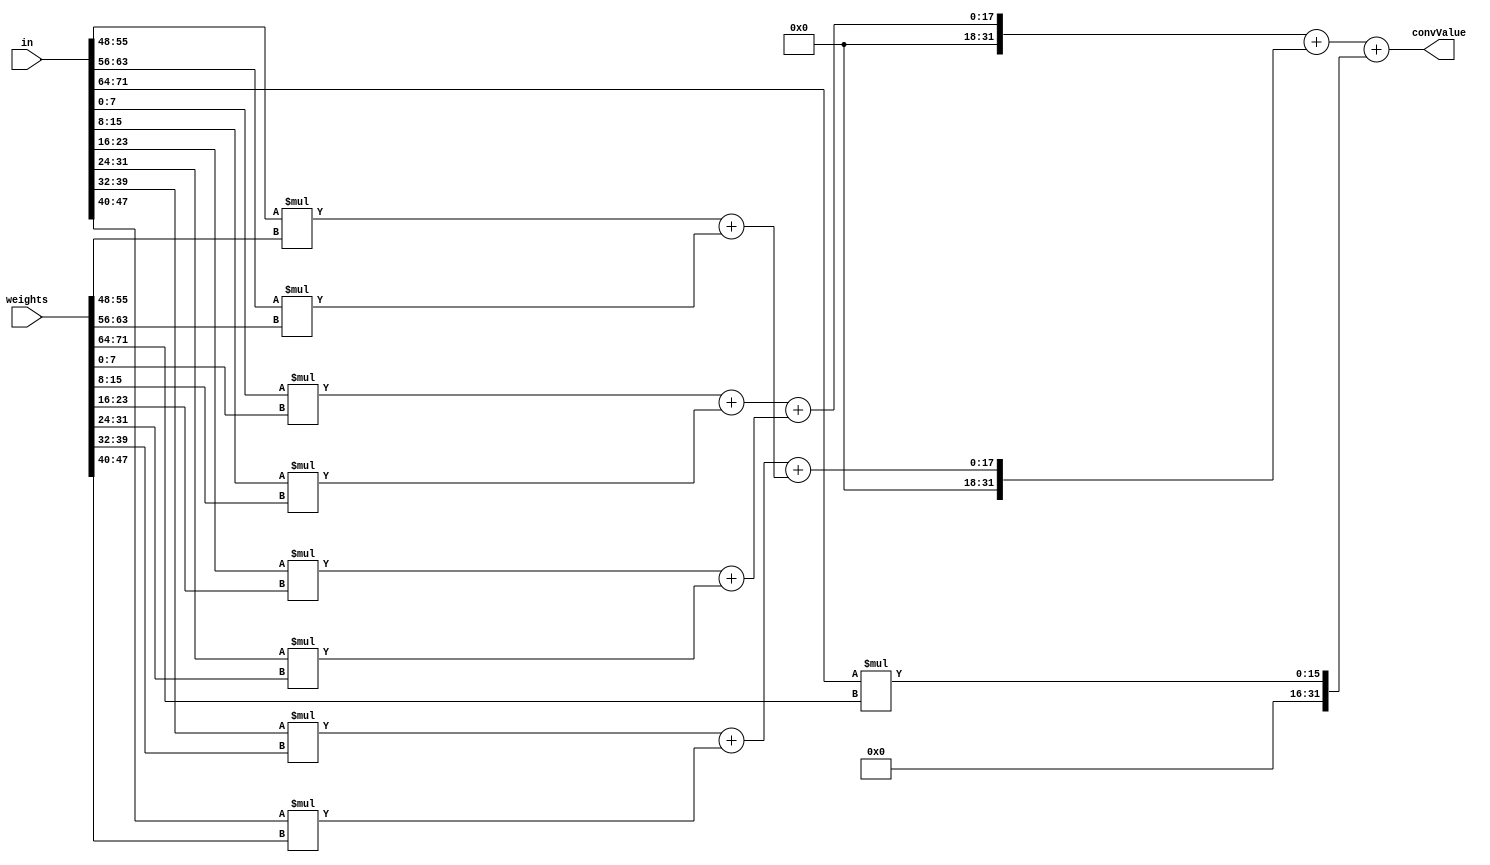
module mult_add #(
    parameter I_BIT_WIDTH   = 8,
    parameter O_BIT_WIDTH   = 32,
    parameter K_SIZE        = 3
)(
    input       signed [I_BIT_WIDTH*K_SIZE*K_SIZE-1:0]  in,
    input       signed [I_BIT_WIDTH*K_SIZE*K_SIZE-1:0]  weights,
    output wire signed [O_BIT_WIDTH-1:0]                convValue
);

    wire signed [O_BIT_WIDTH-1:0] mul[0:K_SIZE*K_SIZE-1];

    // Multiplication
    genvar x, y;
    generate
        for (x = 0; x < K_SIZE; x = x+1) begin: sum_rows        // each row
            for (y = 0; y < K_SIZE; y = y+1) begin: sum_columns // each item in a row
                assign mul[K_SIZE*x+y] = in[I_BIT_WIDTH*(K_SIZE*x+y+1)-1 : I_BIT_WIDTH*(K_SIZE*x+y)] * weights[I_BIT_WIDTH*(K_SIZE*x+y+1)-1 : I_BIT_WIDTH*(K_SIZE*x+y)];
            end
        end
    endgenerate

    // Adder tree
    wire signed [O_BIT_WIDTH-1:0] sums[0:6];

    generate
        // sums[0] to sums[3]
        for (x = 0; x < 4; x = x+1) begin: addertree_nodes0
            assign sums[x] = mul[x*2] + mul[x*2+1];
        end
        // sums[4] to sums[5]
        for (x = 0; x < 2; x = x+1) begin: addertree_nodes1
            assign sums[x+4] = sums[x*2] + sums[x*2+1];
        end
    endgenerate

    assign sums[6] = sums[4] + sums[5];
    assign convValue = sums[6] + mul[8];

endmodule